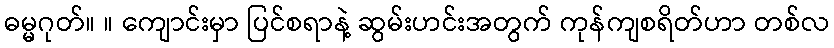
ဓမ္မဂုတ်။ ။ ကျောင်းမှာ ပြင်စရာနဲ့ ဆွမ်းဟင်းအတွက် ကုန်ကျစရိတ်ဟာ တစ်လ